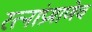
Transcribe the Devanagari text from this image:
रत्‍नांप्रमाणेच